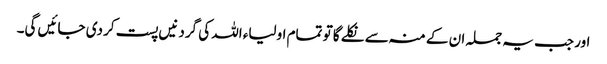
اور جب یہ جملہ ان کے منہ سے نکلے گا تو تمام اولیاء اللہ کی گردنیں پست کر دی جائیں گی۔